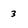
Character: 3